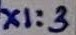
Text: X1:3